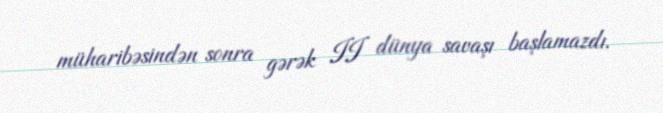
müharibəsindən sonra gərək II dünya savaşı başlamazdı.